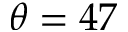
\theta = 4 7